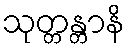
သုတ္တန္တာနိ